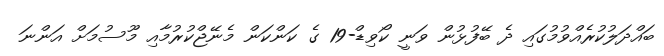
ބައްދަލުކުރެއްވުމުގައި ދެ ބޭފުޅުން ވަނީ ކޯވިޑް-19 ގެ ކަންކަން މެނޭޖްކުރުމާއި މޫސުމަށް އަންނަ